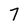
Character: 7